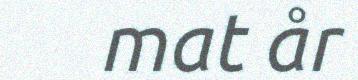
mat år